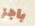
باجز